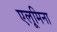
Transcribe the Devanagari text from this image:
एलूमिना